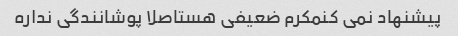
پیشنهاد نمی کنمکرم ضعیفی هستاصلا پوشانندگی نداره